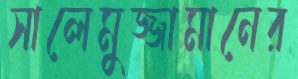
সালেমুজ্জামানের